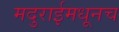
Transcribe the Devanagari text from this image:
मदुराईमधूनच